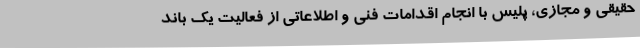
حقیقی و مجازی، پلیس با انجام اقدامات فنی و اطلاعاتی از فعالیت یک باند